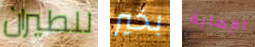
للطيران بخير الإصابة